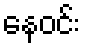
နေဝင်း